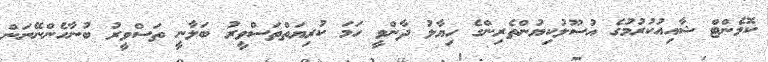
ކޮމެންޓް ޝާއިއުކުރުމުގެ އުސޫލުކިޔުންތެރިންގެ ހިޔާލު ދާންވީ ހަމަ ކުރިޔަތްތަސްވީރު ބަލާނީ ތަސްވީރު ބުނާހެންނޭނަން